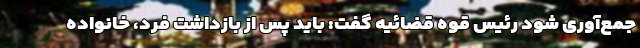
جمع‌آوری شود رئیس قوه قضائیه گفت: باید پس از بازداشت فرد، خانواده